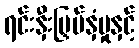
ရင်းနှီးမြှပ်နှံမှုနှင့်